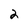
Character: 2